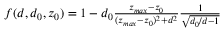
\begin{array} { r } { f ( d , d _ { 0 } , z _ { 0 } ) = 1 - d _ { 0 } \frac { z _ { m a x } - z _ { 0 } } { ( z _ { m a x } - z _ { 0 } ) ^ { 2 } + d ^ { 2 } } \frac { 1 } { \sqrt { d _ { 0 } / d - 1 } } } \end{array}